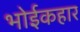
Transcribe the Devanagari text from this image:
भोईकहार